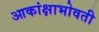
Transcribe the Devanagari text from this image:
आकांक्षाभोवती